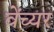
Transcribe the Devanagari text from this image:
वेंच्यर